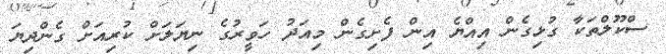
ސްކޫލްތަކާ ގުޅިގެން އިއްޔެ އިން ފެށިގެން މިއަދު ހަވީރުގެ ނިޔަލަށް ކުރިއަށް ގެންދިޔަ